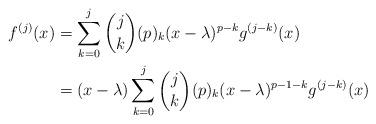
LaTeX: \begin{align*}f^{(j)}(x) & = \sum_{k=0}^j \binom{j}{k} (p)_k (x - \lambda)^{p-k} g^{(j-k)}(x) \\& = (x - \lambda) \sum_{k=0}^j \binom{j}{k} (p)_k (x - \lambda)^{p-1-k} g^{(j-k)}(x) \end{align*}